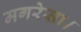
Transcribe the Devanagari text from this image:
मगरेसा।